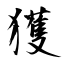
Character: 獲